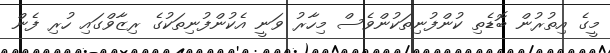
މީގެ އިތުރުން ބޮޑެތި ކުންފުނިތަކުންވެސް މިހާރު ވަނީ އެކުންފުނިތަކުގެ ރިޒާވްގައި ހުރި ފެން